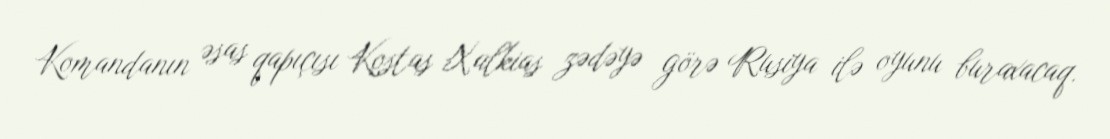
Komandanın əsas qapıçısı Kostas Xalkias zədəyə görə Rusiya ilə oyunu buraxacaq.